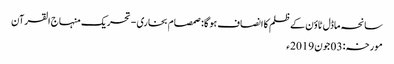
سانحہ ماڈل ٹاؤن کے ظلم کا انصاف ہو گا: صمصام بخاری - تحریک منہاج القرآن
مورخہ: 03 جون 2019ء